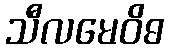
သီလမေဝိဓ